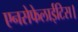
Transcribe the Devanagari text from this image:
एनसेफेलाईटिस।